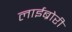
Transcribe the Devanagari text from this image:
लाईब्रोरी